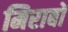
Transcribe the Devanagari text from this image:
मिराबों